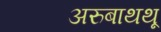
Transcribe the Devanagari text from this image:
अरुबाथथू